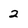
Character: 2